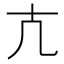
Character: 𭅠